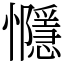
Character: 㦩